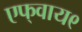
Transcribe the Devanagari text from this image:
एफ्‌वाय९